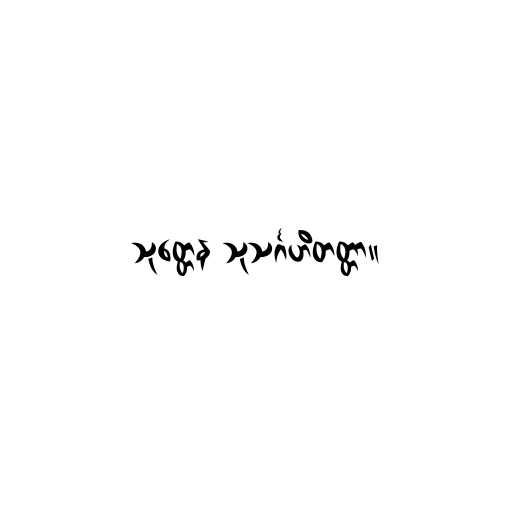
သုတ္တေန သုသင်္ဂဟိတတ္တာ။